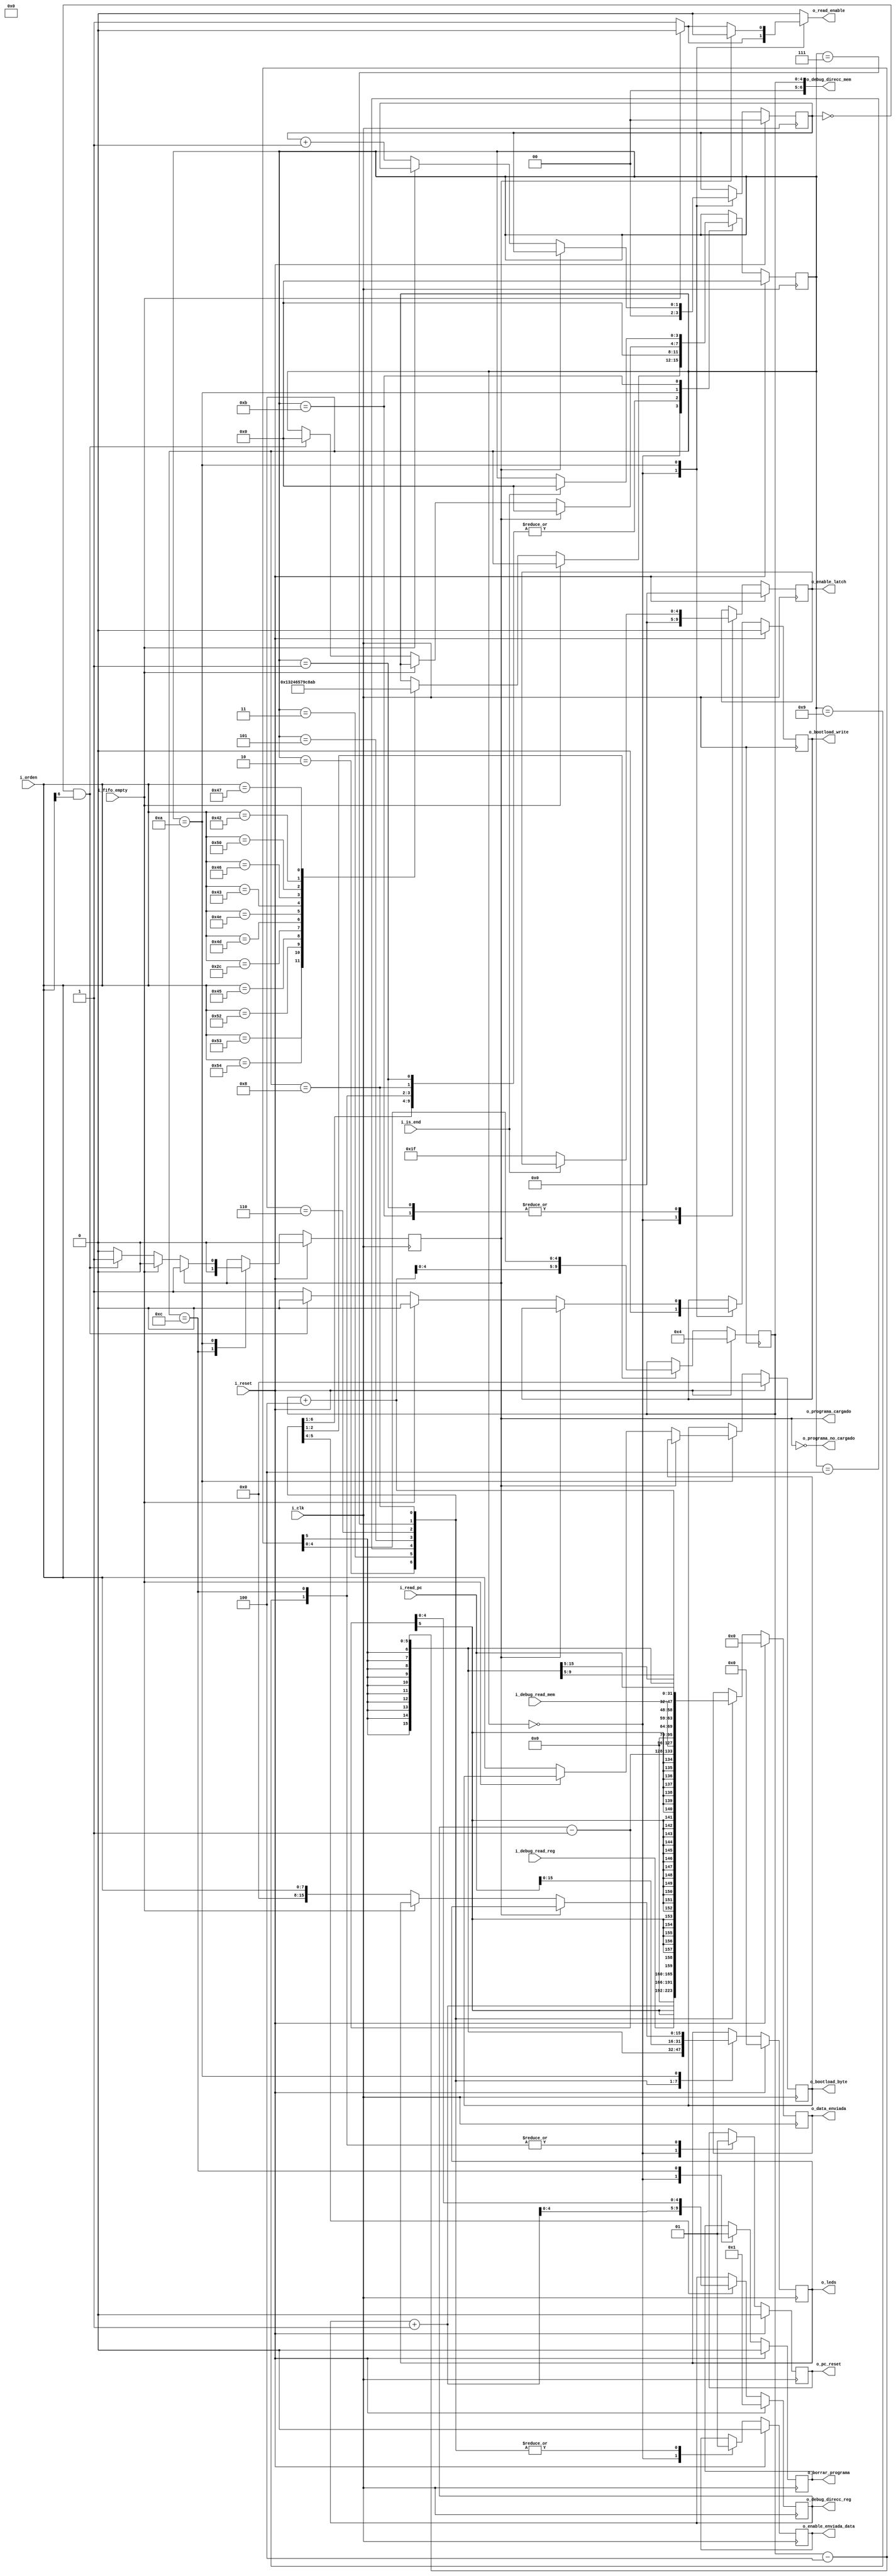
`timescale 1ns / 1ps
//////////////////////////////////////////////////////////////////////////////////
// Company: 
// Engineer: 
// 
// Design Name: 
// Module Name: soud
// Project Name: 
// Target Devices: 
// Tool Versions: 
// Description: 
// 
// Dependencies: 
// 
// Revision:
// Revision 0.01 - File Created
// Additional Comments:
// 
//////////////////////////////////////////////////////////////////////////////////


module suod#(
     parameter NUM_LATCH = 5,     
               TAM_ORDEN = 8,  
               TAM_DATA  = 32,
               TAM_DIREC_REG = 5,
               TAM_DIREC_MEM = 7

   )
   (
    input                       i_clk, i_reset, i_is_end,
    //Comunicacion con UART
    input   [TAM_ORDEN-1:0]     i_orden,
    output                      o_enable_enviada_data,
    output  [TAM_DATA-1:0]      o_data_enviada,
    //Enable para los latch
    output  [NUM_LATCH-1 : 0]   o_enable_latch,
    // Lectura en registros
    input   [TAM_DATA-1:0]      i_debug_read_reg,
    output  [TAM_DIREC_REG-1:0] o_debug_direcc_reg,
    // Lectura en memoria
    input   [TAM_DATA-1:0]      i_debug_read_mem,
    output  [TAM_DIREC_MEM-1:0] o_debug_direcc_mem,
    // interaccion con el pc
    input   [TAM_DATA-1:0]          i_read_pc,
    output                          o_pc_reset,
    output                          o_borrar_programa,
    // Escritura de la memoria de boot
    input                           i_fifo_empty,
    output                          o_read_enable,
    
    output                          o_bootload_write,
    output   [TAM_ORDEN-1:0]        o_bootload_byte,
    
    output                          o_programa_cargado,
    output                          o_programa_no_cargado,
    output  [TAM_DATA/2 - 1 : 0]    o_leds  


   );
    
   // symbolic state declaration
   localparam [3:0]
      idle          =   4'b0000,
      next          =   4'b0001,
      read_reg      =   4'b0010,
      inc_point_reg =   4'b0011,
      dec_point_reg =   4'b0100,
      read_mem      =   4'b0101,
      inc_point_mem =   4'b0110,
      dec_point_mem =   4'b0111,
      read_pc       =   4'b1000,
      reset_pc      =   4'b1001,
      bootloader    =   4'b1010,
      run           =   4'b1011,
      flush_prog    =   4'b1100;

      
   reg  [3:0]               state_reg, state_next;
   
   reg  [NUM_LATCH-1 : 0]   enable_latch_reg, enable_latch_next;
   
   reg                      enable_enviada_data_reg, enable_enviada_data_next;
   reg  [TAM_DATA-1:0]      data_enviada_reg, data_enviada_next;
   
   reg  [TAM_DIREC_REG-1:0] debug_direcc_reg_reg, debug_direcc_reg_next;
   
   reg  [TAM_DIREC_REG-1:0] debug_direcc_mem_reg, debug_direcc_mem_next;
   
   reg                      pc_reset_reg, pc_reset_next;
   reg                      flush_programa_reg, flush_programa_next;

   reg                      bootload_write_reg, bootload_write_next;
   reg  [TAM_ORDEN-1:0]     bootload_byte_reg, bootload_byte_next;
   reg                      read_enable_reg;
   reg                      programa_cargado_reg,   programa_cargado_next;
   reg  [1:0]               instruccion_counter_reg, instruccion_counter_next;
   reg  [TAM_DATA/2-1:0]      led_reg, led_next;

   // body
   // FSMD state & data registers
   always @(posedge i_clk)
      if (i_reset)
         begin      
            state_reg               <=  idle;
            enable_latch_reg        <=  0;
            enable_enviada_data_reg <=  0;
   
            data_enviada_reg        <=  0;
   
            debug_direcc_reg_reg    <=  1;
   
            debug_direcc_mem_reg    <=  4;
   
            pc_reset_reg            <=  0;
            flush_programa_reg      <=  0;

            instruccion_counter_reg <=  0;
            bootload_write_reg      <=  0;
            bootload_byte_reg       <=  0;
            
            programa_cargado_reg    <=  0;
            led_reg                 <=  0;

         end
      else
         begin
            state_reg               <=  state_next;
            enable_latch_reg        <=  enable_latch_next;
            enable_enviada_data_reg <=  enable_enviada_data_next;
            data_enviada_reg        <= data_enviada_next;
   
            debug_direcc_reg_reg    <= debug_direcc_reg_next;
   
            debug_direcc_mem_reg    <= debug_direcc_mem_next;
   
            pc_reset_reg            <= pc_reset_next;
            flush_programa_reg      <= flush_programa_next;


            instruccion_counter_reg <= instruccion_counter_next;
            bootload_write_reg      <= bootload_write_next;
            bootload_byte_reg       <= bootload_byte_next;
            
            programa_cargado_reg    <=  programa_cargado_next;
            led_reg                 <=  led_next;

         end

   // FSMD next-state logic
   always @(*)
   begin
        state_next              =   state_reg;
        enable_latch_next       =   enable_latch_reg;
        enable_enviada_data_next=   enable_enviada_data_reg;
        data_enviada_next       =   data_enviada_reg;
        
        debug_direcc_reg_next   =   debug_direcc_reg_reg;
        
        debug_direcc_mem_next   =   debug_direcc_mem_reg;
        
        pc_reset_next           =   pc_reset_reg;
        flush_programa_next     =   flush_programa_reg;

        
        instruccion_counter_next=   instruccion_counter_reg;
        bootload_write_next     =   bootload_write_reg;
        bootload_byte_next      =   bootload_byte_reg;   
        
        programa_cargado_next   =   programa_cargado_reg;
        led_next                =   led_reg;

        
        read_enable_reg         =   0;
        
            
            
      case (state_reg)
         idle:
         begin
            enable_latch_next           =   0;
            enable_enviada_data_next    =   0;
            pc_reset_next               =   0;
            bootload_write_next         =   0;
            instruccion_counter_next    =   0;
            flush_programa_next         =   0;
            
            if(~i_fifo_empty)
            begin
                case(i_orden)
                    "S":state_next = next;
                    "T":state_next = inc_point_reg;
                    "R":state_next = read_reg;
                    "E":state_next = dec_point_reg;
                    ",":state_next = inc_point_mem;
                    "M":state_next = read_mem;
                    "N":state_next = dec_point_mem;
                    "C":state_next = reset_pc;
                    "F":state_next = flush_prog;
                    "P":state_next = read_pc;
                    "B":state_next = bootloader;
                    "G":state_next = run;
                endcase
                read_enable_reg   =   1;
            end
         end
         next:
         begin
            if(~i_is_end)
                enable_latch_next       =   {NUM_LATCH{1'b1}};
            state_next              =   idle; 
         end  
         read_reg:
         begin
            enable_enviada_data_next    =   1;
            data_enviada_next           =   i_debug_read_reg;
            led_next                    =   i_debug_read_reg;
            state_next                  =   idle; 
         end
         inc_point_reg:
         begin
            enable_enviada_data_next    =   1;
        
            debug_direcc_reg_next   =   debug_direcc_reg_reg +  1;
            data_enviada_next       =   debug_direcc_reg_reg +  1;
            led_next                =   debug_direcc_reg_reg +  1;

            state_next              =   idle; 
         end
         dec_point_reg:
         begin            
            enable_enviada_data_next    =   1;

            debug_direcc_reg_next   =   debug_direcc_reg_reg -  1;
            data_enviada_next       =   debug_direcc_reg_reg -  1;
            led_next                =   debug_direcc_reg_reg -  1;

            state_next              =   idle; 
         end
         read_mem:
         begin
            enable_enviada_data_next    =   1;
            
            data_enviada_next           =   i_debug_read_mem;
            led_next                    =   i_debug_read_mem;
            state_next                  =   idle; 
         end
         inc_point_mem:
         begin            
            enable_enviada_data_next    =   1;

            debug_direcc_mem_next   =   debug_direcc_mem_reg + 4;
            data_enviada_next       =   debug_direcc_mem_reg + 4;
            led_next                =   debug_direcc_mem_reg + 4;            
            state_next              =   idle; 
         end
         dec_point_mem:
         begin 
            enable_enviada_data_next    =   1;

            debug_direcc_mem_next   =   debug_direcc_mem_reg - 4;
            data_enviada_next       =   debug_direcc_mem_reg - 4;
            led_next                =   debug_direcc_mem_reg - 4;              
            state_next              =   idle; 
         end
         reset_pc:
         begin
            pc_reset_next = 1;
            state_next    = idle; 
         end
         flush_prog:
         begin
            pc_reset_next           =   1;
            flush_programa_next     =   1;
            programa_cargado_next   =   0;
            state_next              =   idle; 
         end
         read_pc:
         begin
            enable_enviada_data_next    =   1;
            data_enviada_next           =   i_read_pc;
            led_next                    =   i_read_pc;
            state_next                  =   idle; 
         end
         bootloader:
         begin
            if(programa_cargado_reg)
                state_next              =   idle;               
            else
            begin
                if(~i_fifo_empty)
                begin
                    bootload_byte_next  =   i_orden;
                    led_next            =   i_orden;

                    bootload_write_next =   1;
                    read_enable_reg     =   1;
                    if(instruccion_counter_reg == 0 && i_orden[6]==1)
                    begin
                        bootload_write_next     =   0; 
                        programa_cargado_next   =   1;
                        state_next              =   idle;               
                    end    
                    instruccion_counter_next   =   instruccion_counter_reg + 1;                        
                end
                else
                    bootload_write_next =   0;
            end
         end
         run:
         begin
            if (~i_is_end)
                enable_latch_next       =   {NUM_LATCH{1'b1}};
            else
                state_next          =   idle;               

//                if(enable_latch_reg)
//                    enable_latch_next   =   enable_latch_reg>>1;
//                else
         end   
         
      endcase
   end
   // output
    assign  o_read_enable           =   read_enable_reg;
    assign  o_enable_enviada_data   =   enable_enviada_data_reg;
    assign  o_data_enviada          =   data_enviada_reg;
    //Enable para los latch
    assign  o_enable_latch          =   enable_latch_reg;
    // Lectura en registros
    assign  o_debug_direcc_reg      =   debug_direcc_reg_reg;
    // Lectura en memoria
    assign  o_debug_direcc_mem      =   debug_direcc_mem_reg;
    // interaccion con el pc
    assign  o_pc_reset              =   pc_reset_reg;
    assign  o_borrar_programa       =   flush_programa_reg;

    // Escritura de la memoria de boot
    assign  o_bootload_write        =   bootload_write_reg;
    assign  o_bootload_byte         =   bootload_byte_reg;
    
    assign  o_programa_cargado      =   programa_cargado_reg;
    assign  o_programa_no_cargado   =   ~programa_cargado_reg;
    assign  o_leds                  =   led_reg;

endmodule